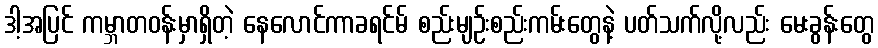
ဒါ့အပြင် ကမ္ဘာတဝန်းမှာရှိတဲ့ နေလောင်ကာခရင်မ် စည်းမျဉ်းစည်းကမ်းတွေနဲ့ ပတ်သက်လို့လည်း မေးခွန်းတွေ